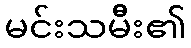
မင်းသမီး၏